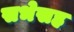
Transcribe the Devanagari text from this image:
सभेसह